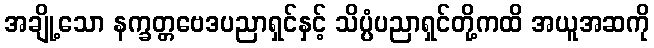
အချို့သော နက္ခတ္တဗေဒပညာရှင်နှင့် သိပ္ပံပညာရှင်တို့ကထိ အယူအဆကို